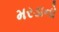
મરડાનો